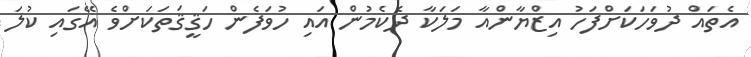
އެތައް ދުވަހަކަށްފަހު އިޒްޔާންއާ މަލަކާ ދެކެމުން އައި ހުވަފެން ހަޤީޤަތަކަށްވެ އޭގައި ކުލަ